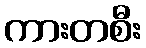
ကားတစီး